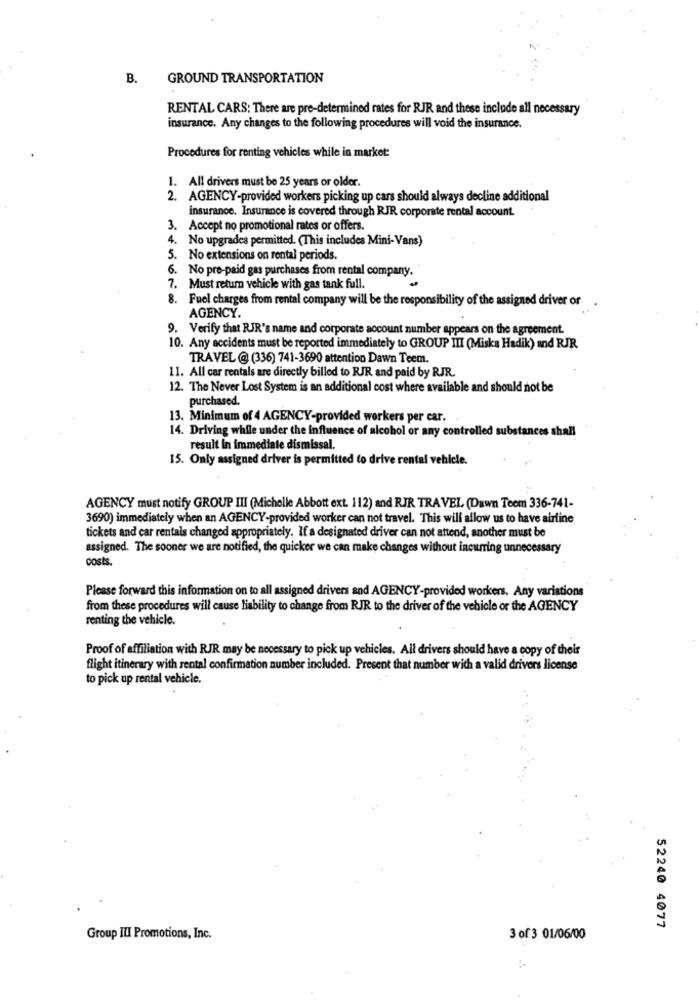
B.
GROUND TRANSPORTATION
RENTAL CARS: There are pre-determined rates for RJR and these include all necessary
insurance. Any changes to the following procedures will void the insurance.
Procedures for renting vehicles while in market:
1. All drivers must be 25 years or older.
2. AGENCY-provided workers picking up cars should always decline additional
insurance. Insurance is covered through RJR corporate rental account.
3. Accept no promotional rates or offers.
4. No upgrades permitted. (This includes Mini-Vans)
5. No extensions on rental periods.
6. No pre-paid gas purchases from rental company.
7. Must return vehicle with gas tank full.
8. Fuel charges from rental company will be the responsibility of the assigned driver or-
AGENCY.
9. Verify that RJR's name and corporate account number appears on the agreement.
10. Any accidents must be reported immediately to GROUP III (Miska Hadik) and RJR
TRAVEL @ (336) 741-3690 attention Dawn Teem.
11. All car rentals are directly billed to RJR and paid by RJR.
12. The Never Lost System is an additional cost where available and should not be
purchased.
13. Minimum of 4 AGENCY-provided workers per car.
14. Driving while under the influence of alcohol or any controlled substances sha
result in immediate dismissal.
15. Only assigned driver is permitted to drive rental vehicle.
AGENCY must notify GROUP III (Michelle Abbott ext. 112) and RJR TRAVEL (Dawn Teem 336-741-
3690) immediately when an AGENCY-provided worker can not travel. This will allow us to have airline
tickets and car rentals changed appropriately. If a designated driver can not attend, another must be
assigned. The sooner we are notified, the quicker we can make changes without incurring unnecessary
costs.
Please forward this information on to all assigned drivers and AGENCY-provided workers. Any variations
from these procedures will cause liability to change from RJR to the driver of the vehicle or the AGENCY
renting the vehicle.
Proof of affiliation with RJR may be necessary to pick up vehicles. All drivers should have a copy of their
flight itinerary with rental confirmation number included. Present that number with a valid drivers license
to pick up rental vehicle.
52240 4077
Group ILI Promotions, Inc.
3 of 3 01/06/00